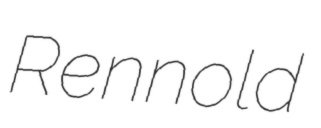
Rennold